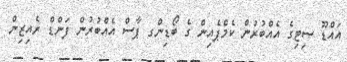
އައްޑޫ ސިޓިގެ އެއްބުރުން ކެމްޕެއިން ގެ ބޯޑިންގ ޕާސް އެއްބުރުން ފަންޑް ރެއިޒިން